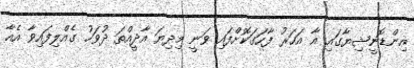
އިންޑޮނީޝިޔާގައި އާ އަހަރު ފާހަގަކޮށްފައި ވަނީ މިދިޔަ އާދީއްތަ ދުވަހު ގެއްލިފައިވާ އެއާ